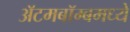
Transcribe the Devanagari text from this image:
अॅटमबॉम्बमध्ये